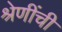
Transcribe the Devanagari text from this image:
श्रेणींची